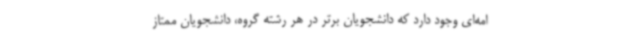
امه‌ای وجود دارد که دانشجویان برتر در هر رشته گروه، دانشجویان ممتاز